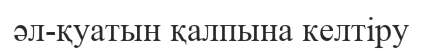
әл-қуатын қалпына келтіру